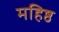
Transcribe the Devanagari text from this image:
महिष्ठ